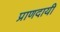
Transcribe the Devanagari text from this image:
प्राणदायी